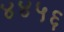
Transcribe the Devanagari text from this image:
४४५६